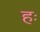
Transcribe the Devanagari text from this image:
हः